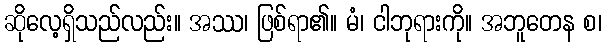
ဆိုလေ့ရှိသည်လည်း။ အဿ၊ ဖြစ်ရာ၏။ မံ၊ ငါဘုရားကို။ အဘူတေန စ၊